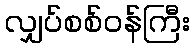
လျှပ်စစ်ဝန်ကြီး